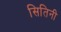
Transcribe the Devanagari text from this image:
सितिनी